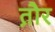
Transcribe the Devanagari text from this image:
त़ौर